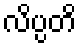
လိပ္ပတိ